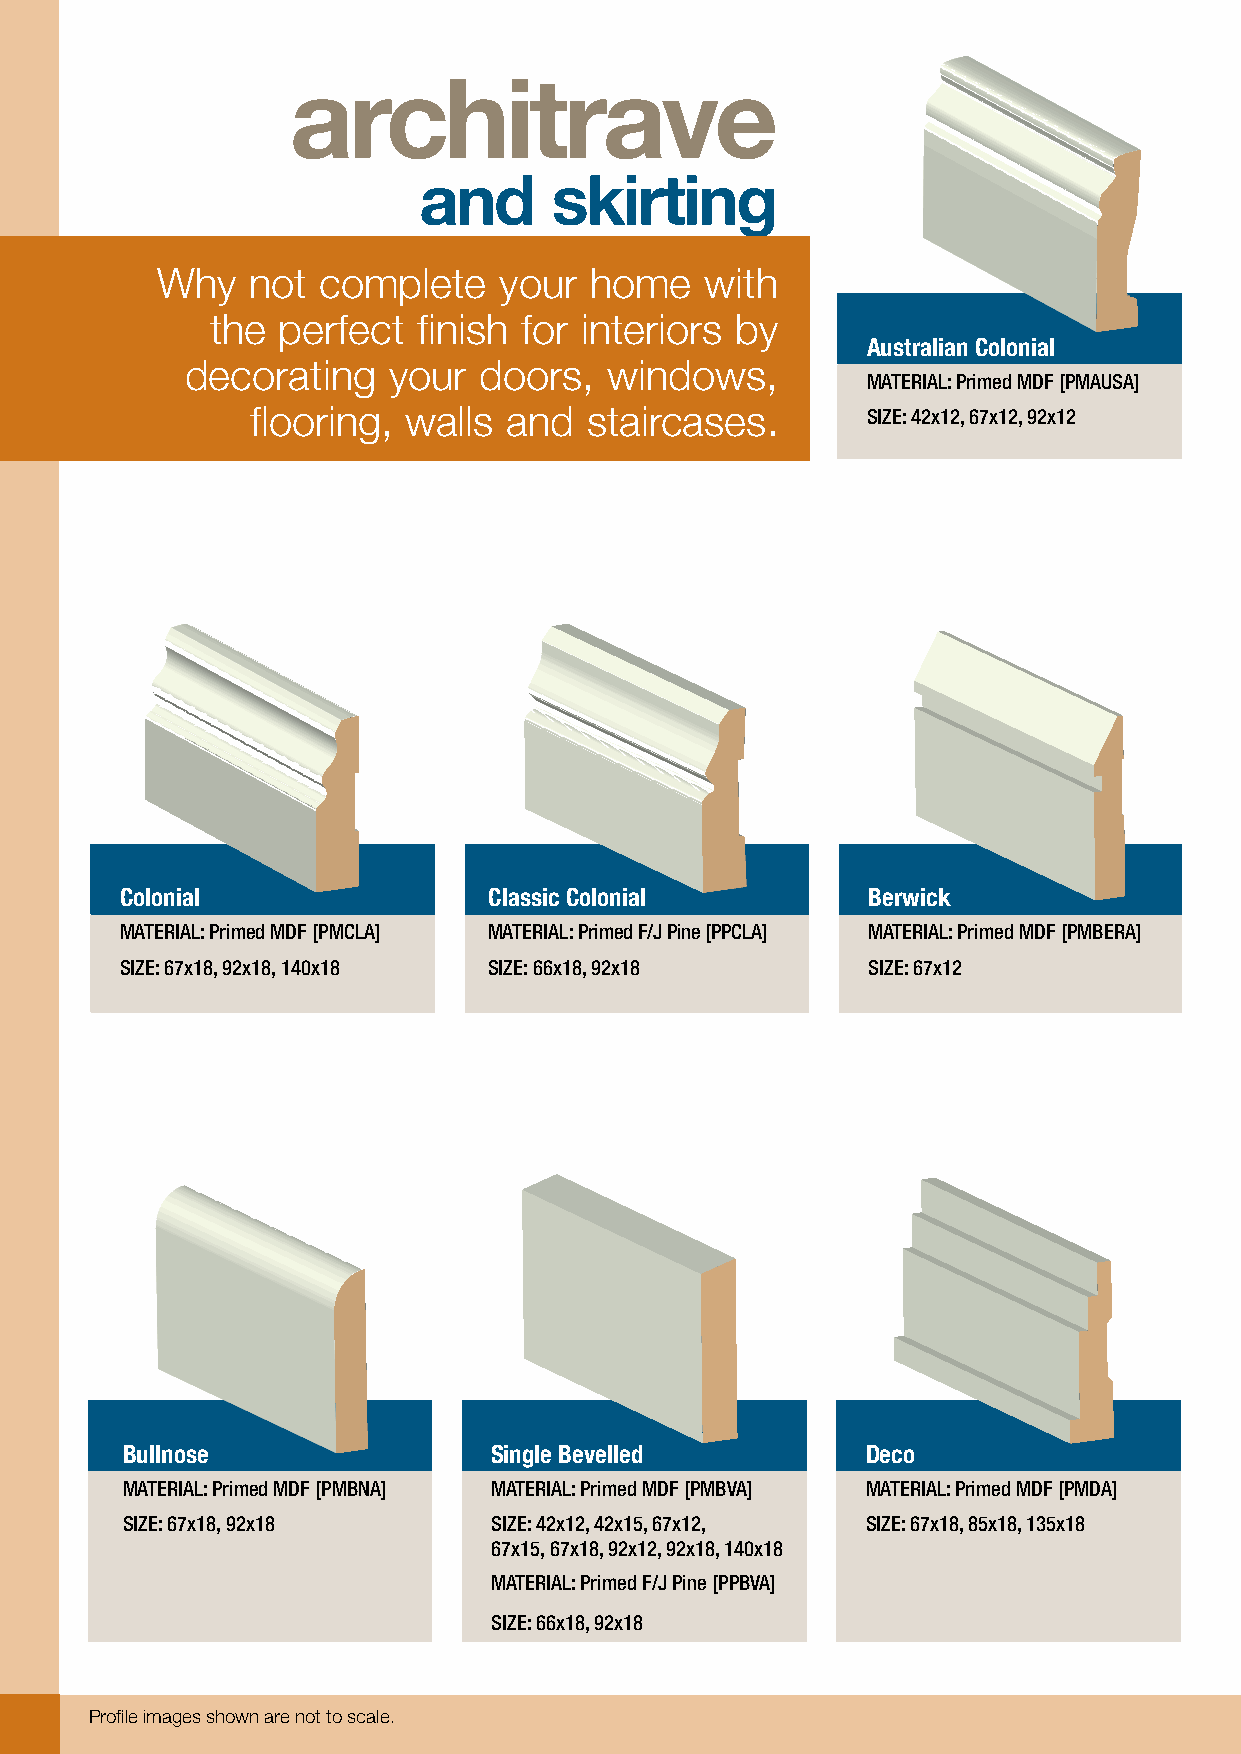
architrave
 and     skirting
 Why   not  complete    your  home    with
 the perfect   finish for interiors by
 Australian Colonial
 decorating    your  doors,  windows,
 MATERIAL: Primed MDF [PMAUSA]
 flooring, walls  and  staircases.       SIZE: 42x12, 67x12, 92x12
 Colonial                Classic Colonial         Berwick
 MATERIAL: Primed MDF [PMCLA] MATERIAL: P rimed F/J Pine [PPCLA] MATERIAL: Primed MDF [PMBERA]
 SIZE: 67x18, 92x18, 140x18 SIZE: 66x18, 92x18    SIZE: 67x12
 Bullnose                 Single Bevelled         Deco
 MATERIAL: Primed MDF [PMBNA] MATERIAL: Primed MDF [PMBVA] MATERIAL: Primed MDF [PMDA]
 SIZE: 67x18, 92x18       SIZE: 42x12, 42x15, 67x12, SIZE: 67x18, 85x18, 135x18
 67x15, 67x18, 92x12, 92x18, 140x18
 MATERIAL: Primed F/J Pine [PPBVA]
 SIZE: 66x18, 92x18
 Profile images shown are not to scale.